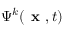
\Psi ^ { k } ( \textbf { x } , t )